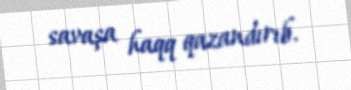
savaşa haqq qazandırıb.